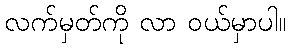
လက်မှတ်ကို လာ ဝယ်မှာပါ။